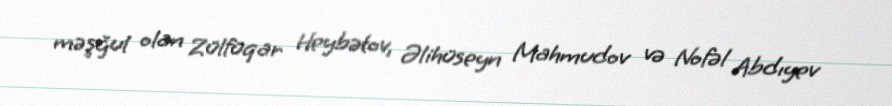
məşğul olan Zülfüqar Heybətov, Əlihüseyn Mahmudov və Nofəl Abdıyev